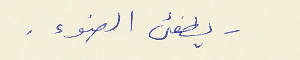
- يطفىء الضوء .